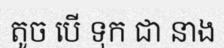
តូច បើ ទុក ជា នាង